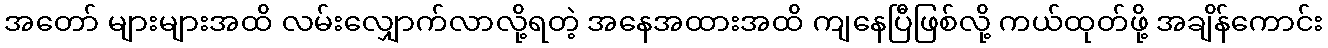
အတော် များများအထိ လမ်းလျှောက်လာလို့ရတဲ့ အနေအထားအထိ ကျနေပြီဖြစ်လို့ ကယ်ထုတ်ဖို့ အချိန်ကောင်း